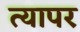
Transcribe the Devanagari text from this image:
त्यापर